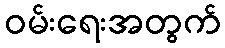
ဝမ်းရေးအတွက်